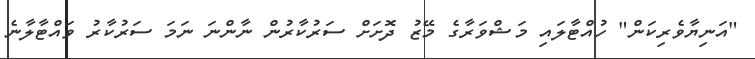
"އަނިޔާވެރިކަން" ހުއްޓާލައި މަޝްވަރާގެ މޭޒު ދޮށަށް ސަރުކާރުން ނާންނަ ނަމަ ސަރުކާރު ވައްޓާލާނެ